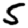
Digit: 5